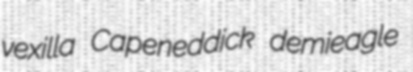
vexilla Capeneddick demieagle